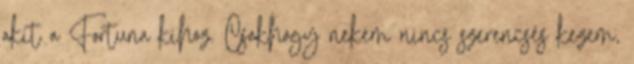
akit a Fortuna kihoz. Csakhogy nekem nincs szerencsés kezem,